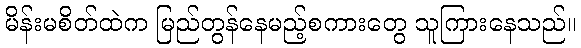
မိန်းမစိတ်ထဲက မြည်တွန်နေမည့်စကားတွေ သူကြားနေသည်။